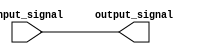
module assign_statement(
    input wire input_signal,
    output reg output_signal
);

assign output_signal = input_signal;

endmodule